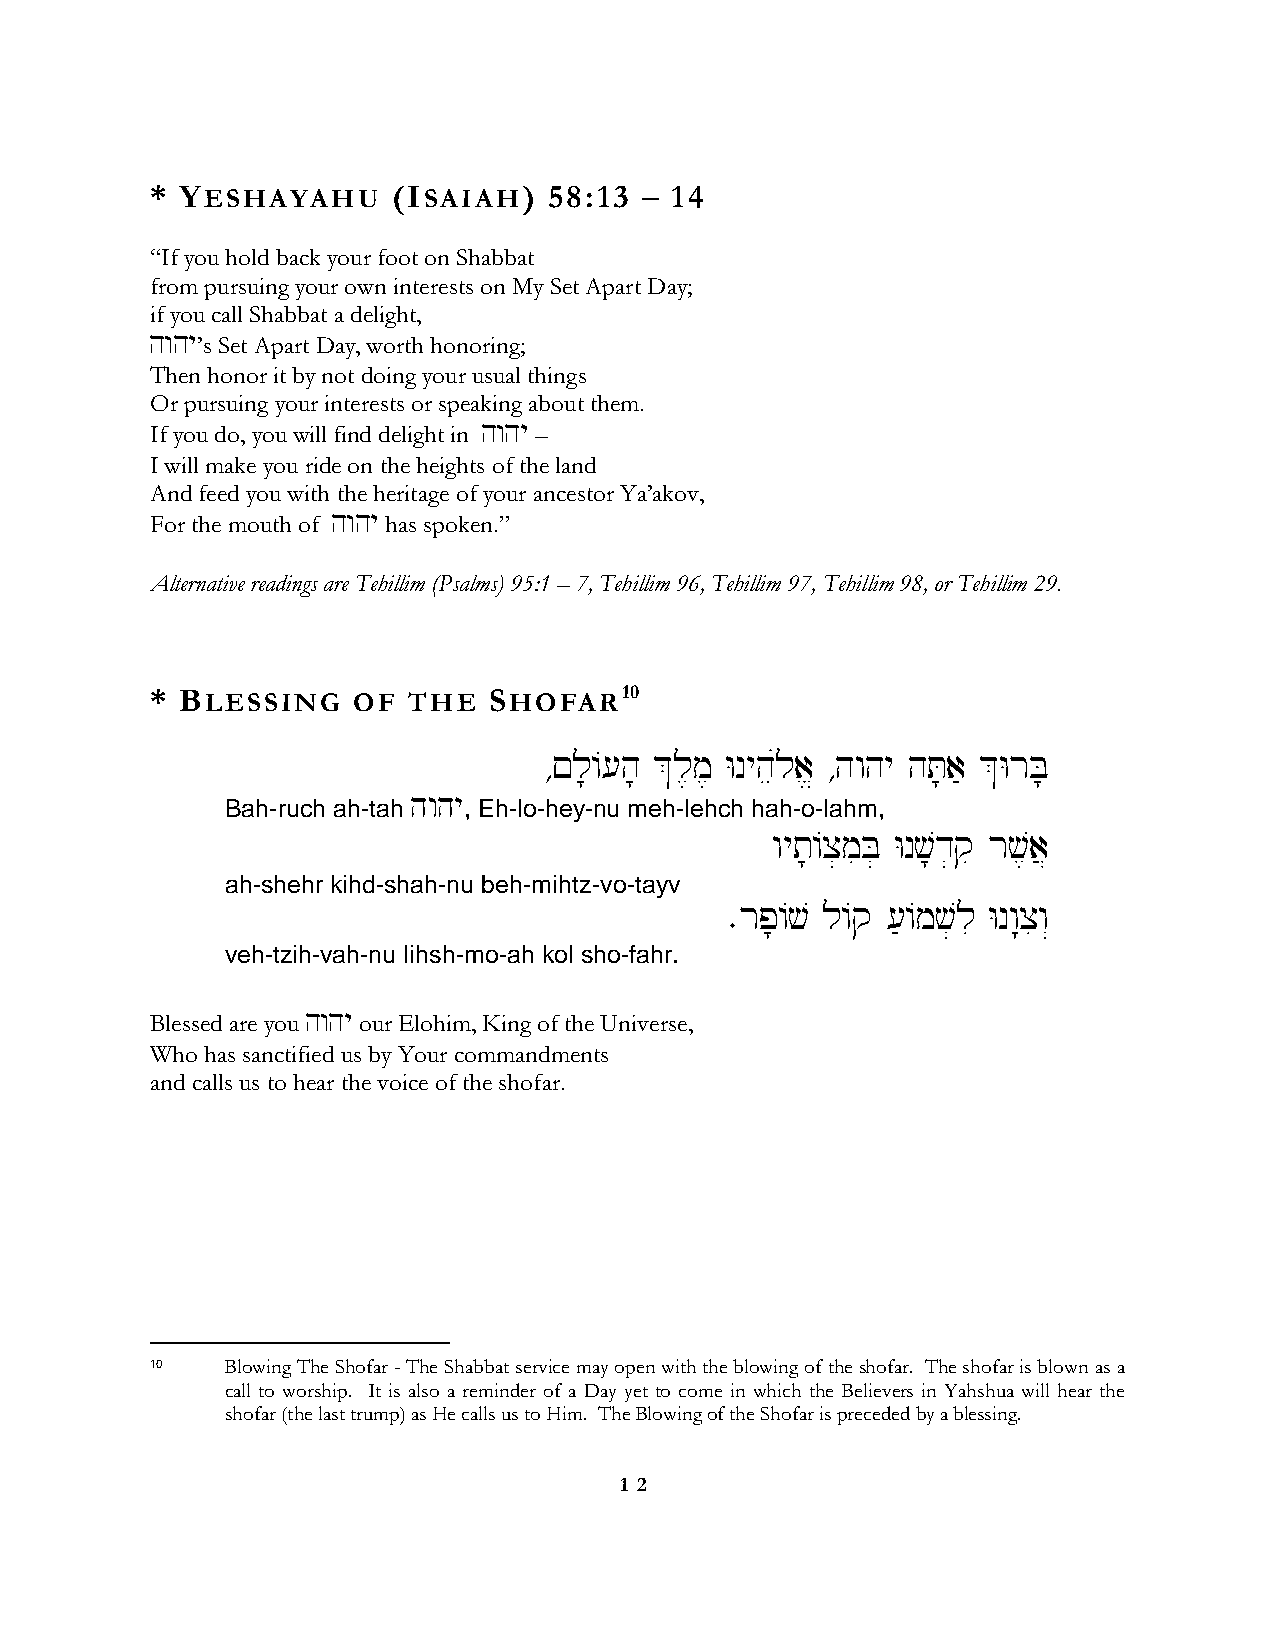
* YESHAYAHU     (ISAIAH)  58:13 – 14
 “If you hold back your foot on Shabbat
 from pursuing your own interests on My Set Apart Day;
 if you call Shabbat a delight,
 hwhy’s Set Apart Day, worth honoring;
 Then honor it by not doing your usual things
 Or pursuing your interests or speaking about them.
 If you do, you will find delight in hwhy –
 I will make you ride on the heights of the land
 And feed you with the heritage of your ancestor Ya’akov,
 For the mouth of hwhy has spoken.”
 Alternative readings are Tehillim (Psalms) 95:1 – 7, Tehillim 96, Tehillim 97, Tehillim 98, or Tehillim 29.
 * BLESSING   OF  THE  SHOFAR10
 ∆!l;/[h; &l,m, Wnyheúla> ∆hwhy hT;a' &WrB;
 hwhy
 Bah-ruch ah-tah , Eh-lo-hey-nu meh-lehch hah-o-lahm,
 wyt;/x]miB] Wnv;d]qi rv,a}
 ah-shehr kihd-shah-nu beh-mihtz-vo-tayv
 ∑rp;/v l/q ['/mv]li Wnw:xiw“
 veh-tzih-vah-nu lihsh-mo-ah kol sho-fahr.
 Blessed are you hwhy our Elohim, King of the Universe,
 Who has sanctified us by Your commandments
 and calls us to hear the voice of the shofar.
 10   Blowing The Shofar - The Shabbat service may open with the blowing of the shofar. The shofar is blown as a
 call to worship. It is also a reminder of a Day yet to come in which the Believers in Yahshua will hear the
 shofar (the last trump) as He calls us to Him. The Blowing of the Shofar is preceded by a blessing.
 1 2